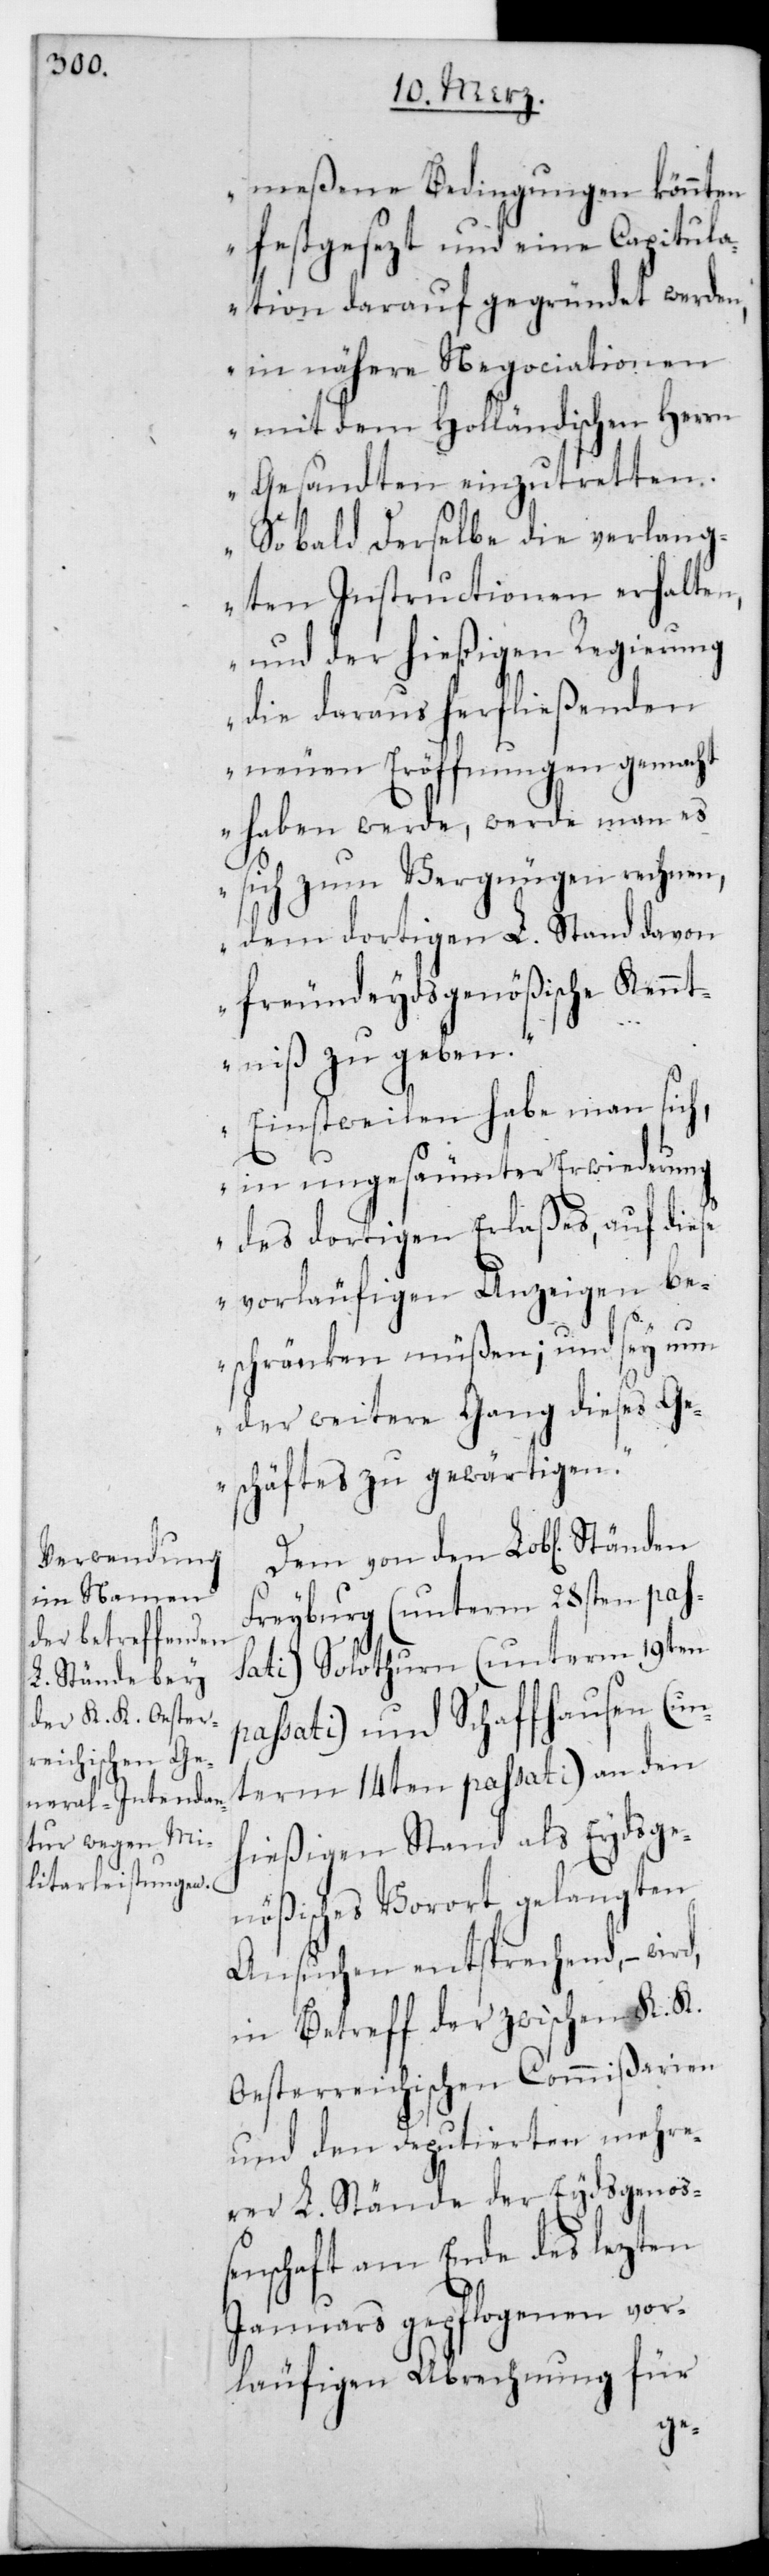
meßene Bedingungen könnten
festgesezt und eine Capitula¬
tion darauf gegründet werden,
in nähere Negociationen
mit dem Holländischen Herrn
Gesandten einzutretten.
Sobald derselbe die verlang¬
ten Instructionen erhalten,
und der hießigen Regierung
die daraus herfließenden
neuen Eröffnungen gemacht
haben werde, werde man es
sich zum Vergnügen rechnen,
dem dortigen L. Stand davon
freunEydsgenößische Kennt¬
niß zu geben.
Einstweilen habe man sich,
in ungesäumter Erwiderung
des dortigen Erlaßes, auf diese
vorläufigen Anzeigen be¬
schränken müßen; und sey nun
der weitere Gang dieses Ge¬
schäftes zu gewärtigen“.
Dem von den Lobl. Ständen
Freyburg (unterm 28sten pas¬
sati) Solothurn (unterm 19ten
passati) und Schaffhausen (un¬
term 14ten passati) an den
hießigen stand als Eydsge¬
nößisches Vorort gelangten
Ansuchen entsprechen, – wird,
in Betreff der zwischen K. K.
Oesterreichischen Commißarien
und den Deputierten mehre¬
rer L. Stände der Eydsgenoß¬
enschaft am Ende es lezten
Januars gepflogenen vor¬
läufigen Abrechnung für